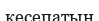
кесепатын